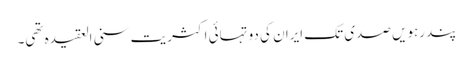
پندرہویں صدی تک ایران کی دو تہائی اکثریت سنی العقیدہ تھی۔